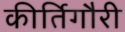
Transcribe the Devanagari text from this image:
कीर्तिगौरी